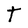
Character: T